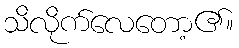
သိလိုက်လေတော့၏။